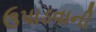
ઉપાડવાની